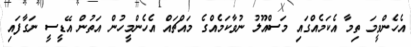
އެހެންވީމަ ތިމާ އެކަމެއްގައި މަސްއޫލު ނުވާކަމެއްގެ މައްޗައް އެހެންމީހުން އަތުން އޭޑީސީ ނަގާފައި